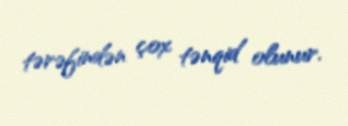
tərəfindən çox tənqid olunur.